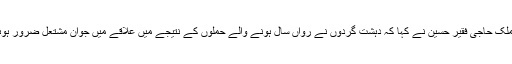
اس موقع پر خطاب کرتے ہوئے پاڑہ چنار کے ایک قبائلی ملک حاجی فقیر حسین نے کہا کہ دہشت گردوں نے رواں سال ہونے والے حملوں کے نتیجے میں علاقے میں جوان مشتعل ضرور ہوئے لیکن انھوں نے ریاست کے خلاف کوئی نعرہ نہیں لگایا۔